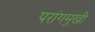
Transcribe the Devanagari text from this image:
परांगमुखी